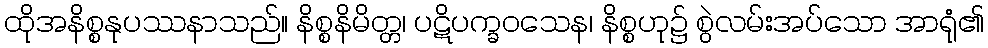
ထိုအနိစ္စနုပဿနာသည်။ နိစ္စနိမိတ္တ၊ ပဋိပက္ခဝသေန၊ နိစ္စဟု၌ စွဲလမ်းအပ်သော အာရုံ၏